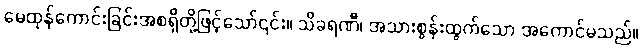
မေထုန်ကောင်းခြင်းအစရှိတို့ဖြင့်သော်၎င်း။ သိခရဏီ၊ အသားစွန်းထွက်သော အကောင်မသည်။